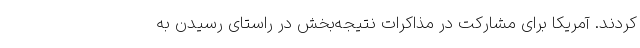
کردند. آمریکا برای مشارکت در مذاکرات نتیجه‌بخش در راستای رسیدن به